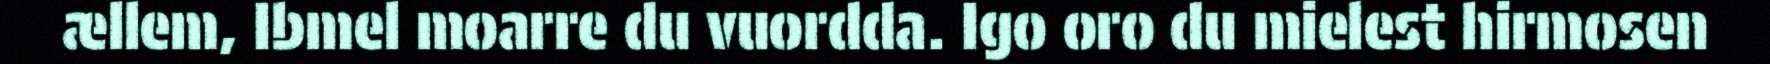
ællem, Ibmel moarre du vuordda. Igo oro du mielest hirmosen